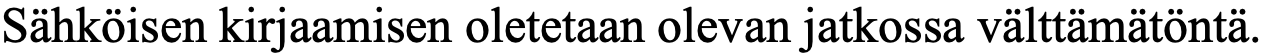
Sähköisen kirjaamisen oletetaan olevan jatkossa välttämätöntä.